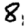
Digit: 8